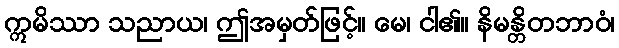
ဣမိဿာ သညာယ၊ ဤအမှတ်ဖြင့်။ မေ၊ ငါ၏။ နိမန္တိတဘာဝံ၊